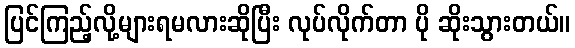
ပြင်ကြည့်လို့များရမလားဆိုပြီး လုပ်လိုက်တာ ပို ဆိုးသွားတယ်။